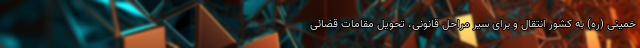
خمینی (ره) به کشور انتقال و برای سیر مراحل قانونی، تحویل مقامات قضائی